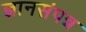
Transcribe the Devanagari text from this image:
ज्ञानसंपन्न